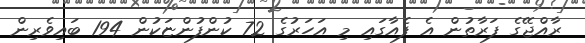
ރާއްޖޭގެ ފަރާތުން އެ ފެއާގައި މި އަހަރުގެ 72 ކުންފުންޏަކުން 194 ބައިވެރިން